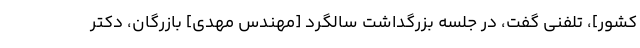
کشور]، تلفنی گفت، در جلسه بزرگداشت سالگرد [مهندس مهدی] بازرگان، دکتر